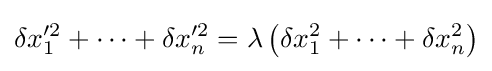
\delta x_{1}^{\prime 2}+\dots +\delta x_{n}^{\prime 2}=\lambda \left(\delta x_{1}^{2}+\dots +\delta x_{n}^{2}\right)